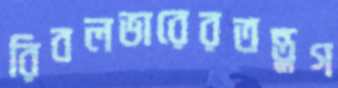
রিবলভারেরতন্তুগ